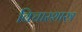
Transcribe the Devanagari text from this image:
विचारशास्त्र